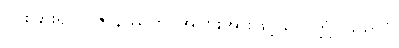
ပိုင်းခြား၍။ ပဇာနိဿတိ၊ အပြားအားဖြင့်သိလတ္တံ့။ သရာဂံ၊